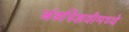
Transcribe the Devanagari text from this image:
अंडपिशवीमध्ये